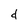
Character: d